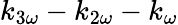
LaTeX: k_{3\omega}-k_{2\omega}-k_{\omega}